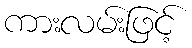
ကားလမ်းဖြင့်